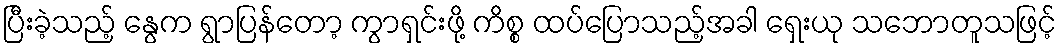
ပြီးခဲ့သည့် နွေက ရွာပြန်တော့ ကွာရှင်းဖို့ ကိစ္စ ထပ်ပြောသည့်အခါ ရှေးယု သဘောတူသဖြင့်